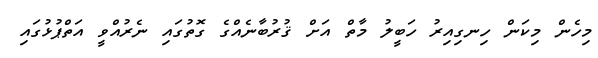
މިހެން މިކަން ހިނގިއިރު ހަބީލު މާތް އަށް ޤުރުބާނެއްގެ ގޮތުގައި ނެރުއްވީ އަތްޕުޅުގައި